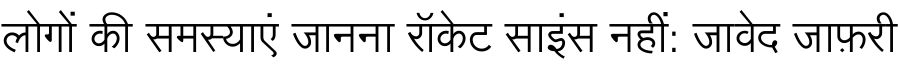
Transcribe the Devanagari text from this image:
लोगों की समस्याएं जानना रॉकेट साइंस नहीं: जावेद जाफ़री